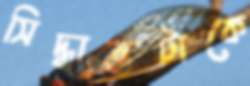
সিদ্ধান্তটাকে